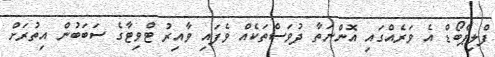
ފްލިޕްބޯޑް އެ ވަރެއްގައި އޮންނަތާ ދުވަސްތަކެއް ވެފައި ވާއިރު ޓްވިޓާގެ ސަބަބުން އިތުރަށް